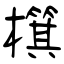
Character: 檱